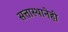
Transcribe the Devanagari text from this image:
सत्तास्थानेही